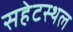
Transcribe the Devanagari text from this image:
सहेटस्थल